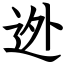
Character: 迯